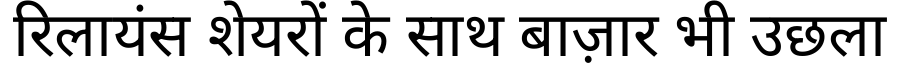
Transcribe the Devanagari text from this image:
रिलायंस शेयरों के साथ बाज़ार भी उछला